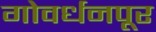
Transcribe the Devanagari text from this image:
गोवर्धनपूर